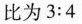
比为3:4